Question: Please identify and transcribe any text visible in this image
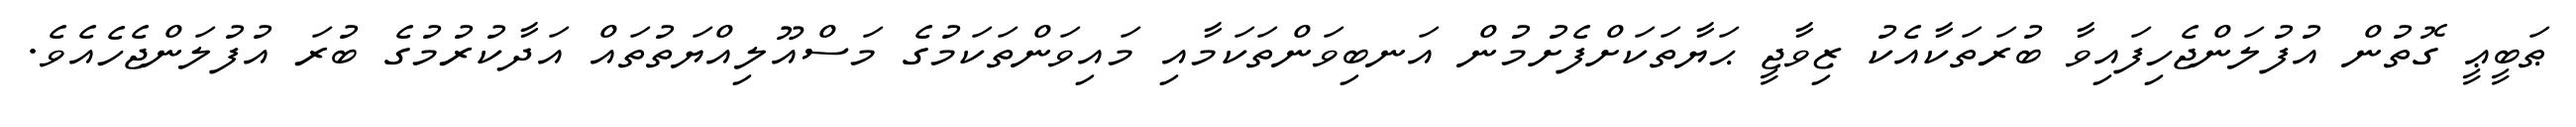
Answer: ޠަބީޢީ ގޮތުން އުފުލަންޖެހިފައިވާ ބުރަތަކާއެކު ޒިވާޖީ ޙަޔާތަކަށްފެށުމުން އަނބިވަންތަކަމާއި މައިވަންތަކަމުގެ މަސްއޫލިއްޔަތުތައް އަދާކުރުމުގެ ބުރަ އުފުލަންޖެހެއެވެ.